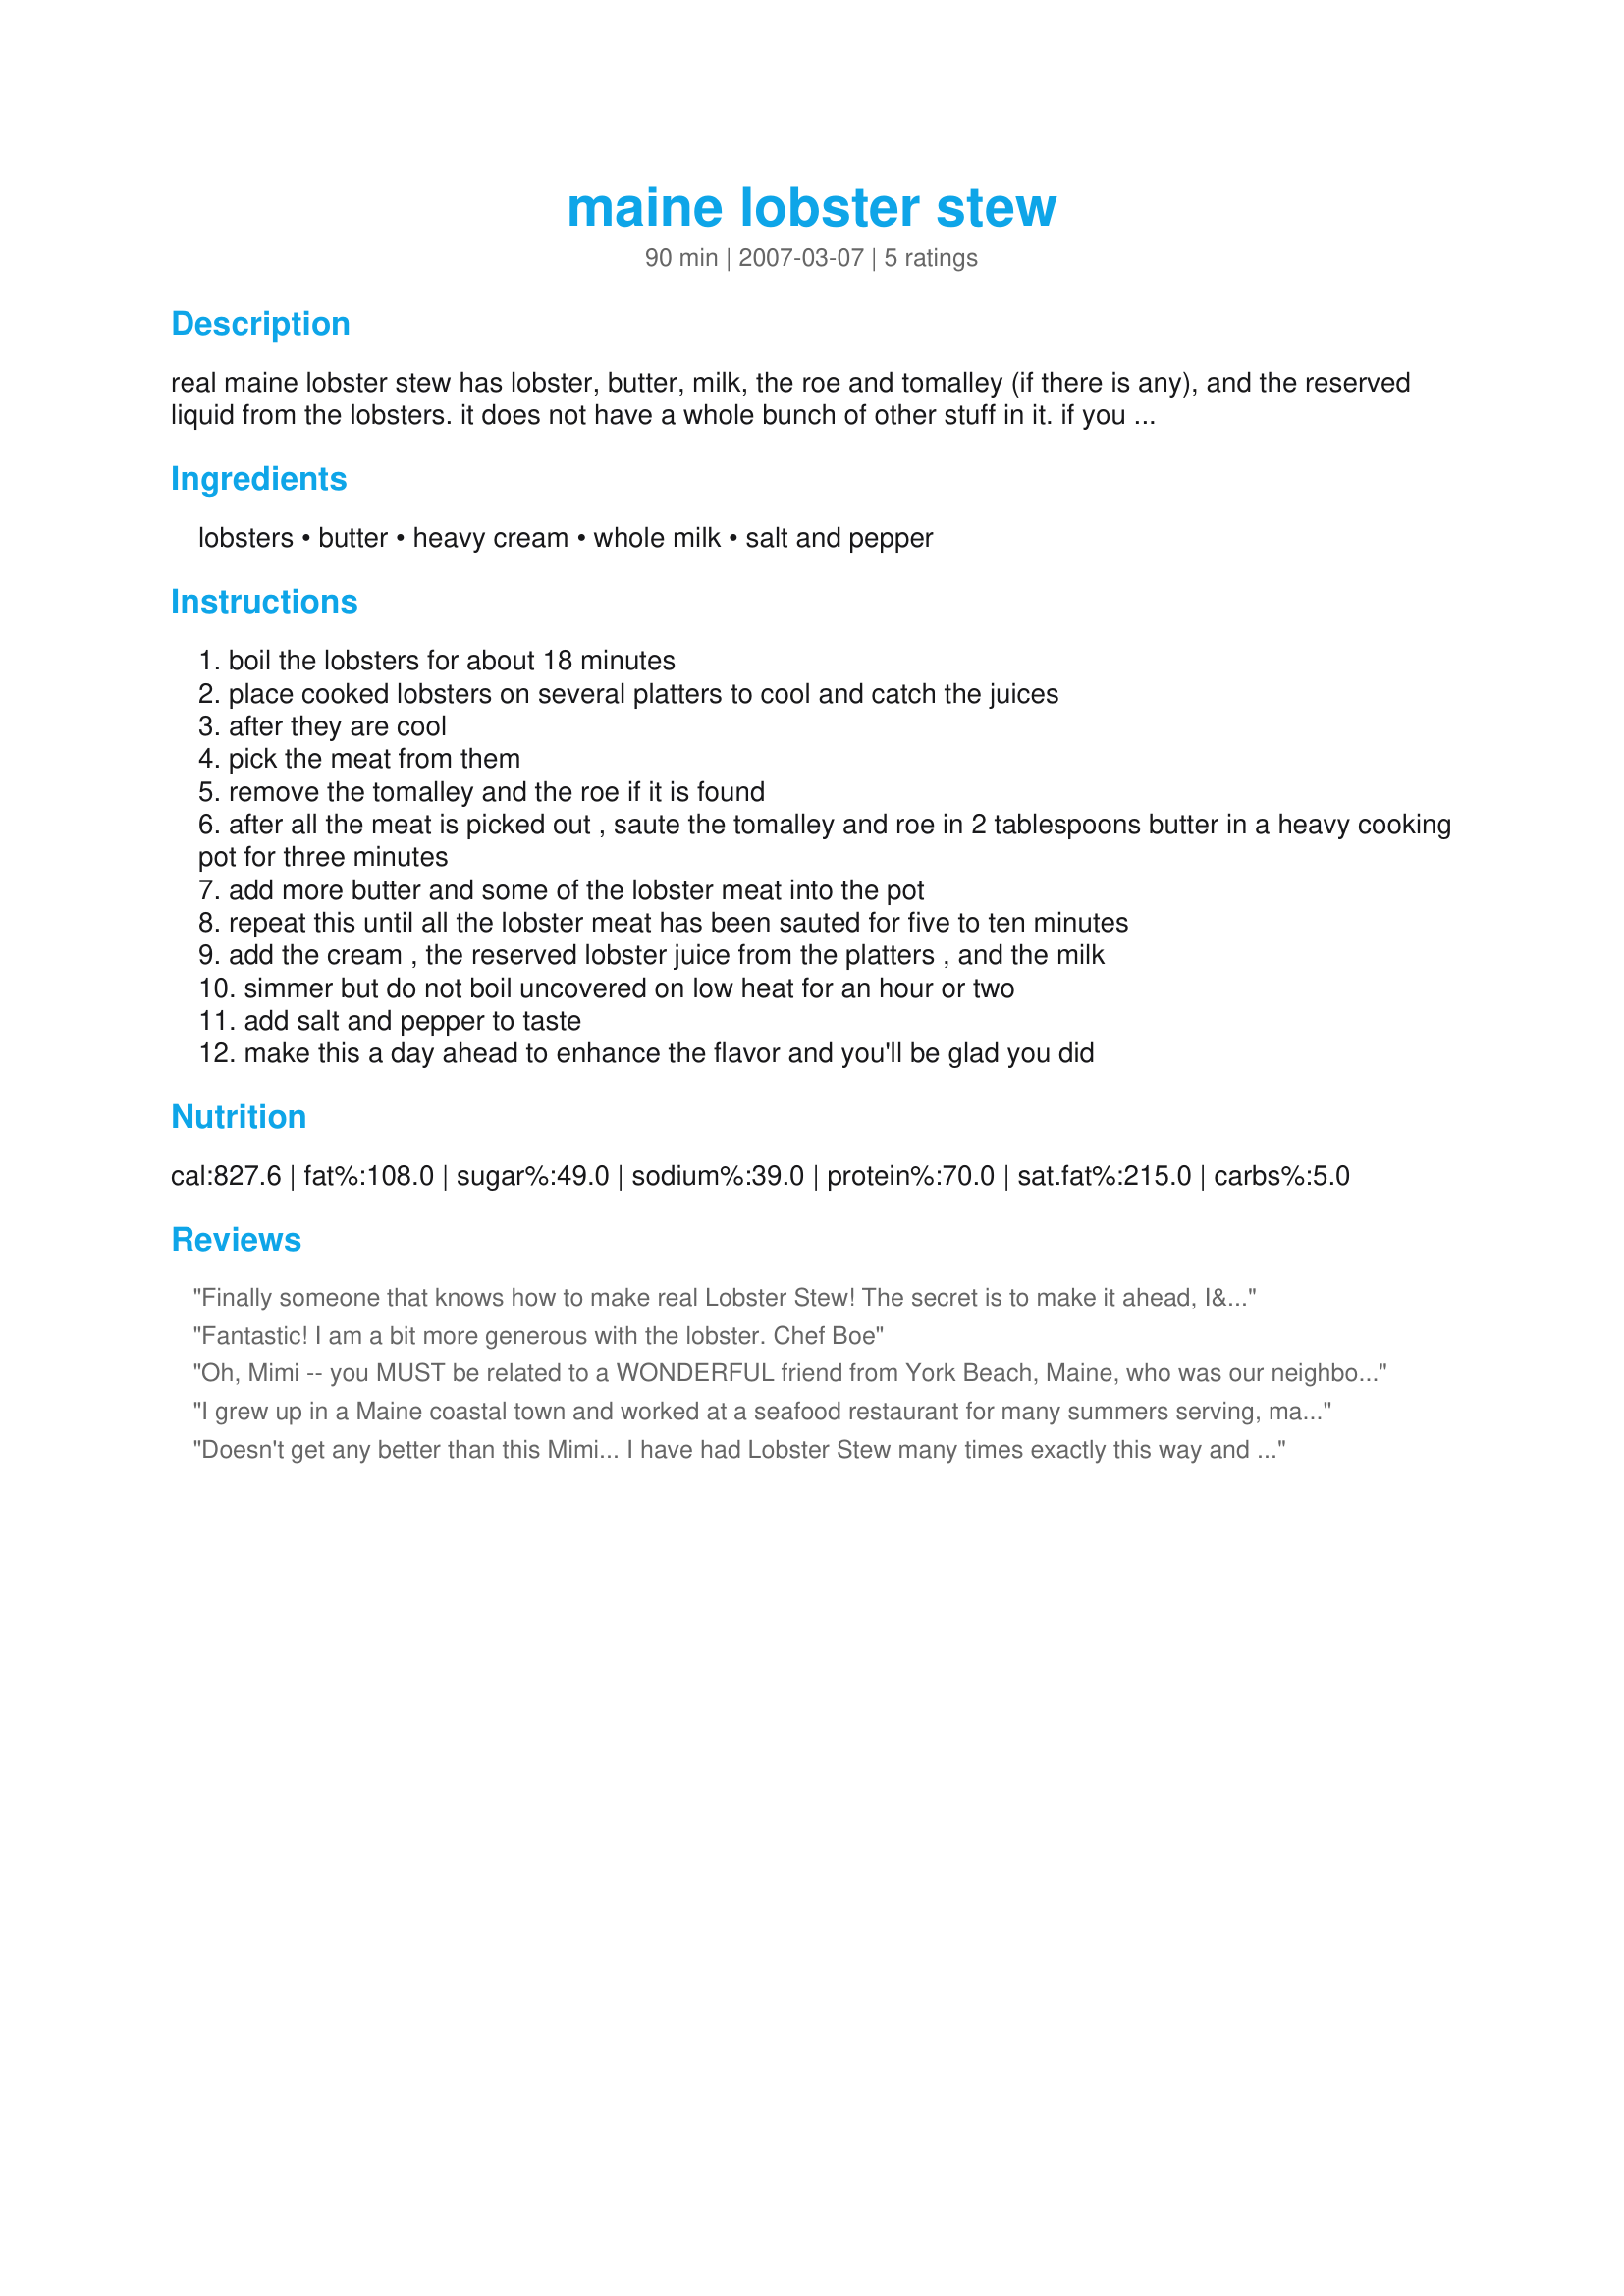
maine lobster stew
Preparation time: 90 minutes

real maine lobster stew has lobster, butter, milk, the roe and tomalley (if there is any), and the reserved liquid from the lobsters. it does not have a whole bunch of other stuff in it. if you make it the maine-way, you will think that you are there sitting on the wharf eating. make it a day ahead to enhance the flavor of the stew.

Ingredients:
lobsters, butter, heavy cream, whole milk, salt and pepper

Steps:
boil the lobsters for about 18 minutes
place cooked lobsters on several platters to cool and catch the juices
after they are cool
pick the meat from them
remove the tomalley and the roe if it is found
after all the meat is picked out , saute the tomalley and roe in 2 tablespoons butter in a heavy cooking pot for three minutes
add more butter and some of the lobster meat into the pot
repeat this until all the lobster meat has been sauted for five to ten minutes
add the cream , the reserved lobster juice from the platters , and the milk
simmer but do not boil uncovered on low heat for an hour or two
add salt and pepper to taste
make this a day ahead to enhance the flavor and you'll be glad you did

Reviews:
Finally someone that knows how to make real Lobster Stew! The secret is to make it ahead, I&#039;m up to three days and it&#039;s fantastic!
Fantastic! I am a bit more generous with the lobster.

Chef Boe
Oh, Mimi -- you MUST be related to a WONDERFUL friend from York Beach, Maine, who was our neighbor in Baltimore !! We spent many summer weeks with them at "the family lake cabins" - eating the lobster as written, as well as other Maine delights (such as Indian Pudding) HER way was the ONLY authentic method -- and she taught me this, while we taught her family how to eat STEAMED crabs, the Maryland way. I haven't fixed Lobster Stew in many years, but you have inspired me !! Mary, I sure do miss you !! Thanks for happy memories, Mimi.
I grew up in a Maine coastal town and worked at a seafood restaurant for many summers serving, making, and eating lobster stew. This recipe is exactly how its done! Excellent!
Doesn't get any better than this Mimi... I have had Lobster Stew many times exactly this way and it is INCREDIBLE! Thanks for sharing your New England specialty with us! Linda
